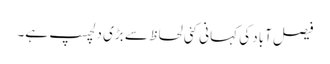
فیصل آباد کی کہانی کئی لحاظ سے بڑی دلچسپ ہے۔